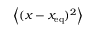
\left\langle ( x - x _ { \mathrm { e q } } ) ^ { 2 } \right\rangle